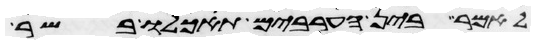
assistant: לאמר בין הערבים תאכלו בשר